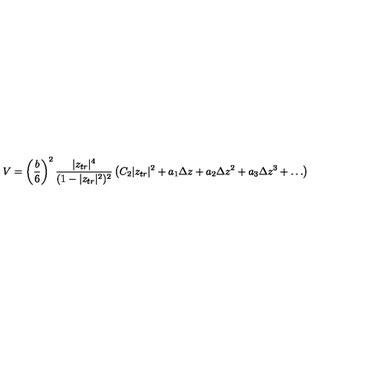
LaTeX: V = \left( \frac { b } { 6 } \right) ^ { 2 } \frac { | z _ { t r } | ^ { 4 } } { ( 1 - | z _ { t r } | ^ { 2 } ) ^ { 2 } } \left( C _ { 2 } | z _ { t r } | ^ { 2 } + a _ { 1 } \Delta z + a _ { 2 } \Delta z ^ { 2 } + a _ { 3 } \Delta z ^ { 3 } + \ldots \right)